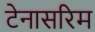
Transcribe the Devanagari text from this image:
टेनासरिम